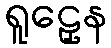
ရူဠှေန